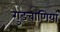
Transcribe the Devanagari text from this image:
गुङबाणियां